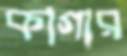
কাগার